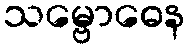
သမ္ဗောဓေန